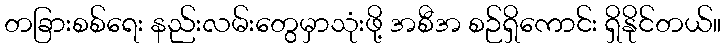
တခြားစစ်ရေး နည်းလမ်းတွေမှာသုံးဖို့ အစီအ စဉ်ရှိကောင်း ရှိနိုင်တယ်။